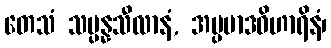
တေသံ သမ္ပန္နသီလာနံ, အပ္ပမာဒဝိဟာရိနံ၊